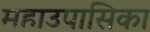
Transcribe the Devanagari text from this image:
महाउपासिका